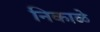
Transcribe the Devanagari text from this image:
निकाळे